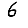
Digit: 6